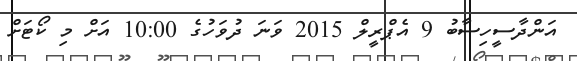
އަންދާސީހިސާބު 9 އެޕްރީލް 2015 ވަނަ ދުވަހުގެ 10:00 އަށް މި ކޯޓަށް